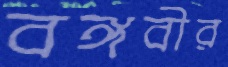
বঙ্গবীর